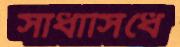
সাধাসিধে